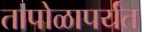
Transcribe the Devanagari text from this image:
तापोळापर्यंत